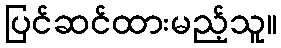
ပြင်ဆင်ထားမည့်သူ။